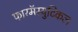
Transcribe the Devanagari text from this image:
फारमॅस्युटिकल